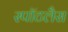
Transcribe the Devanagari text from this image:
स्पॉटलैस